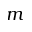
m